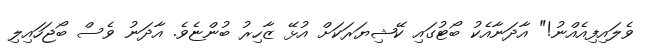
ވެލައިފިއެއްނު!" އާދަނާއެކު ބޯޓުގައި ކޭޝިޔަރަކަށް އުޅޭ ޒާހިރު ބުންޏެވެ. އާދަނު ވެސް ބޯޖަހައިލި